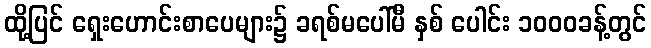
ထို့ပြင် ရှေးဟောင်းစာပေများ၌ ခရစ်မပေါ်မီ နှစ် ပေါင်း ၁၀၀၀ခန့်တွင်